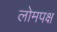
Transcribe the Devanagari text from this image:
लोमपक्ष